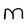
Character: M